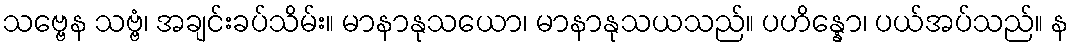
သဗ္ဗေန သဗ္ဗံ၊ အချင်းခပ်သိမ်း။ မာနာနုသယော၊ မာနာနုသယသည်။ ပဟိန္နော၊ ပယ်အပ်သည်။ န